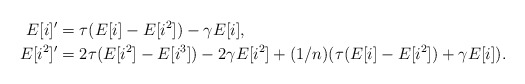
\begin{align*}E[i]'&=\tau(E[i]-E[i^2])-\gamma E[i],\\E[i^2]'&=2\tau(E[i^2]-E[i^3])-2\gamma E[i^2]+(1/n)(\tau(E[i]-E[i^2])+\gamma E[i]).\end{align*}